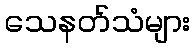
သေနတ်သံများ